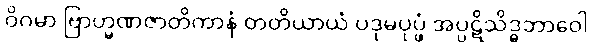
ဝိဂမာ ဗြာဟ္မဏဇာတိကာနံ တတိယာယံ ပဒုမပုပ္ဖံ အပ္ပဋိသိဒ္ဓဘာဝေါ